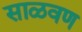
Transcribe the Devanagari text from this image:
साळवण